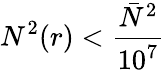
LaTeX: N^{2}(r)<\frac{\bar{N}^{2}}{10^{7}}